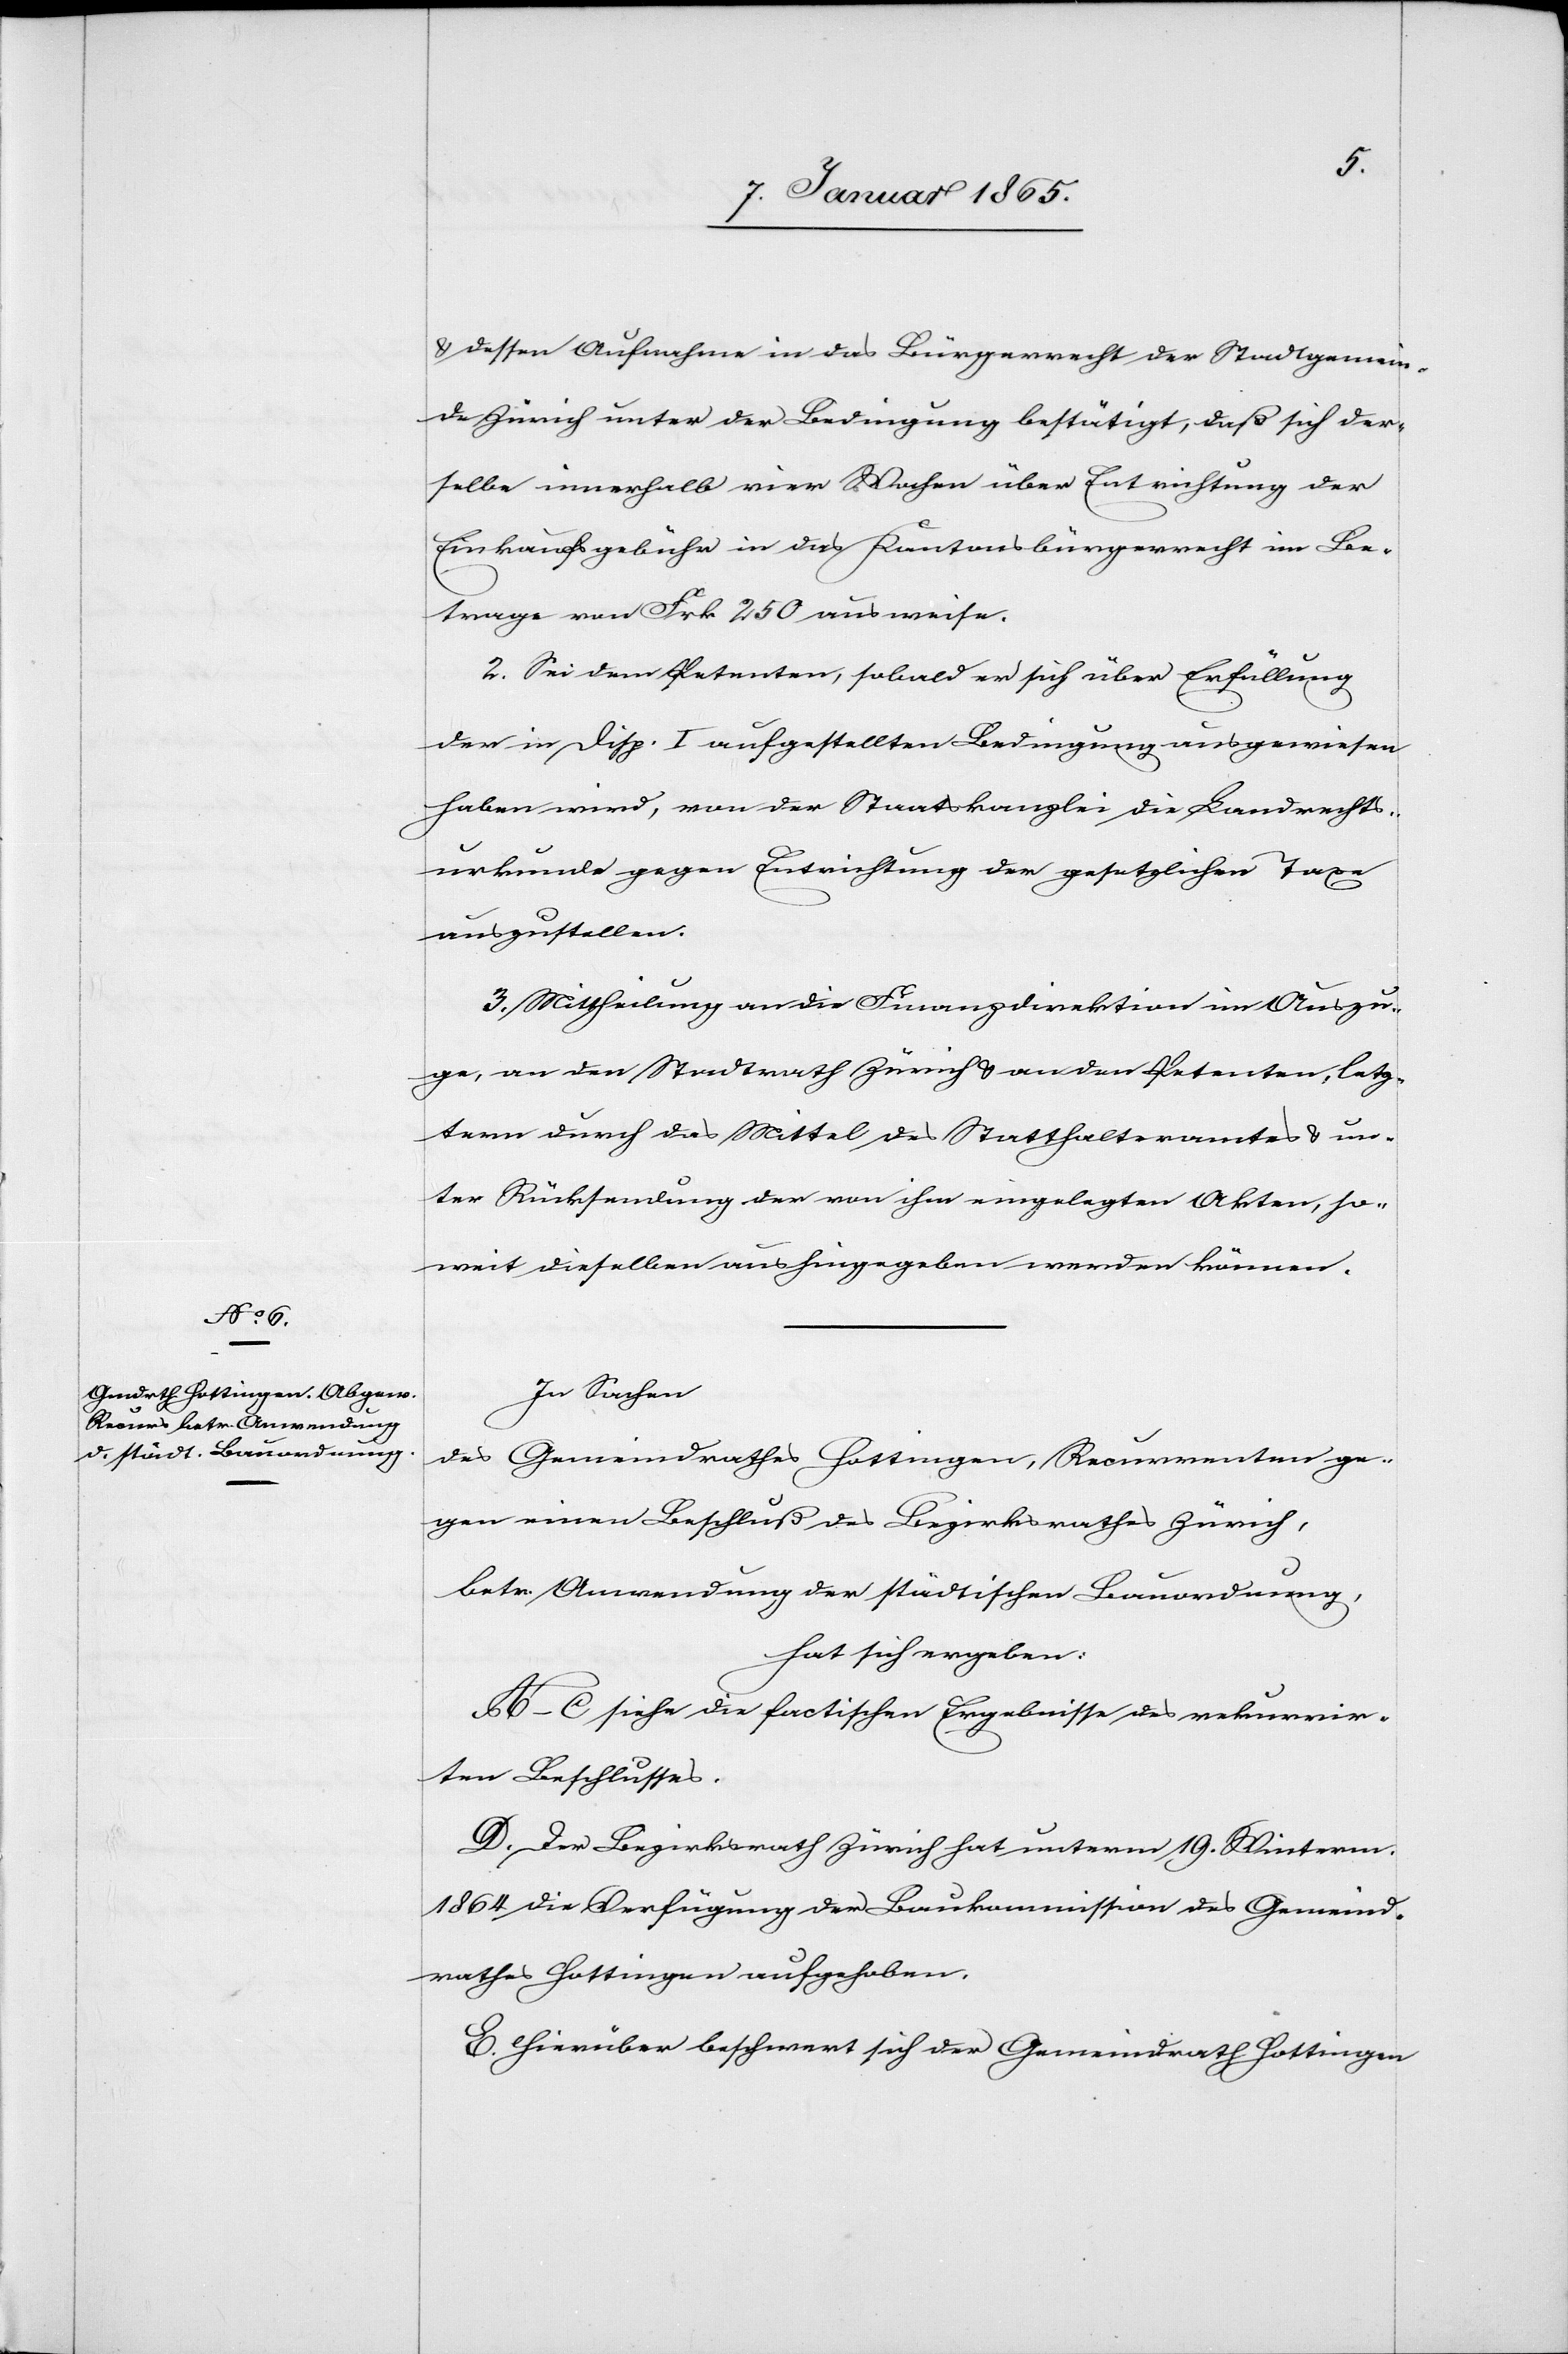
& dessen Aufnahme in das Bürgerrecht der Stadtgemein¬
de Zürich unter der Bedingung bestätigt, daß sich der¬
selbe innerhalb vier Wochen über Entrichtung der
Einkaufsgebühr in das Kantonsbürgerrecht im Be¬
trage von Frk 250 ausweise.
2. Sei dem Petenten, sobald er sich über Erfüllung
der in Disp. I aufgestellten Bedingung ausgewiesen
haben wird, von der Staatskanzlei die Landrechts¬
urkunde gegen Entrichtung der gesetzlichen Taxe
auszustellen.
3. Mittheilung an die Finanzdirektion im Auszu¬
ge, an den Stadtrath Zürich u. an den Petenten, letz¬
term durch das Mittel des Statthalteramtes & un¬
ter Rücksendung der von ihm eingelegten Akten, so¬
weit dieselben aushingegeben werden können.
In Sachen
des Gemeindrahtes Hottingen, Recurrenten ge¬
gen einen Beschluß des Bezirksrathes Zürich,
betr. Anwendung der städtischen Bauordnung,
hat sich ergeben:
A–C siehe die factischen Ergebnisse des rekurrir¬
ten Beschlusses.
D. Der Bezirksrath Zürich hat unterm 19. Winterm.
1864 die Verfügung der Baukommission des Gemeind¬
rathes Hottingen aufgehoben.
E. Hierüber beschwert sich der Gemeindrath Hottingen